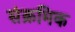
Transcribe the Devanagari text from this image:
संक्रमिक